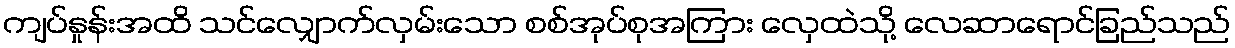
ကျပ်နှုန်းအထိ သင်လျှောက်လှမ်းသော စစ်အုပ်စုအကြား လှေထဲသို့ လေဆာရောင်ခြည်သည်